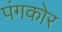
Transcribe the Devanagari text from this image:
पंगकोर